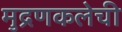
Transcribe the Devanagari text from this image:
मुद्रणकलेची